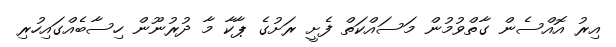
އިރު އޮއްސެން ގާތްވުމުން މަސައްކަތް ފެށީ ރަށުގެ ޕާކާ މާ ދުރުނޫން ހިސާބެއްގައިހުރި